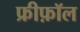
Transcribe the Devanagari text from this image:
फ्रीफ़ॉल